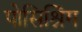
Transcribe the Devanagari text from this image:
पोसिश्निंग